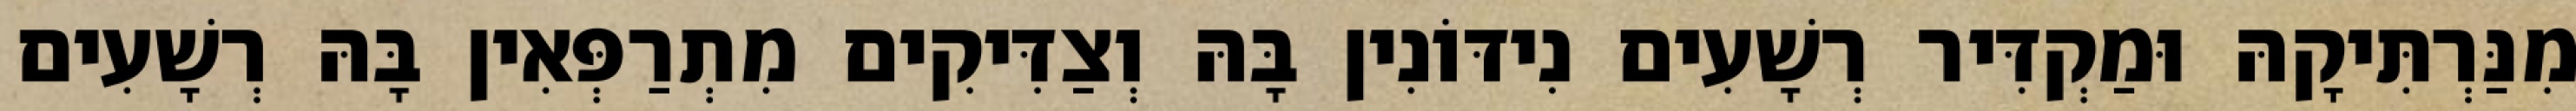
מִנַּרְתִּיקָהּ וּמַקְדִּיר רְשָׁעִים נִידּוֹנִין בָּהּ וְצַדִּיקִים מִתְרַפְּאִין בָּהּ רְשָׁעִים